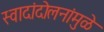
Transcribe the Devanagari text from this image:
स्वादांदोलनांमुळे